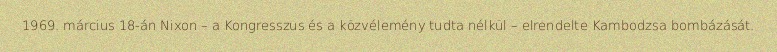
1969. március 18-án Nixon – a Kongresszus és a közvélemény tudta nélkül – elrendelte Kambodzsa bombázását.